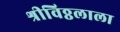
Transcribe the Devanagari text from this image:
श्रीविठ्ठलाला